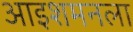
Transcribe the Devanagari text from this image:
आइशमनला